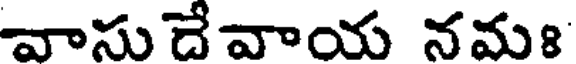
వాసుదేవాయ నమః